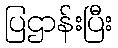
ပြဌာန်းပြီး